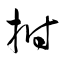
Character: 拊